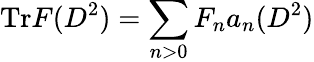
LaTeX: \mathrm{Tr}F(D^{2})=\displaystyle\sum_{n>0}F_{n}a_{n}(D^{2})